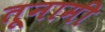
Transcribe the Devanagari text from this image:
तूनामी